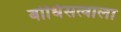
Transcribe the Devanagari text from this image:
बोधिसत्वाला